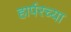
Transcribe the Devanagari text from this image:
हार्परच्या